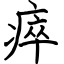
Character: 瘁